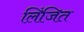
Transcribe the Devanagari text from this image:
लिंजित